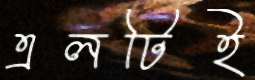
এলটিই